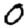
Digit: 0